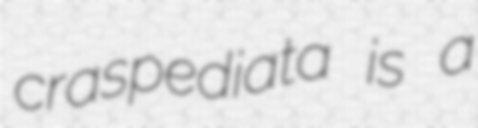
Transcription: craspediata is a